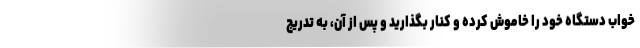
خواب دستگاه خود را خاموش کرده و کنار بگذارید و پس از آن، به تدریج